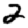
Digit: 2